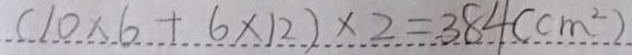
( 1 0 \times 6 + 6 \times 1 2 ) \times 2 = 3 8 4 ( c m ^ { 2 } )